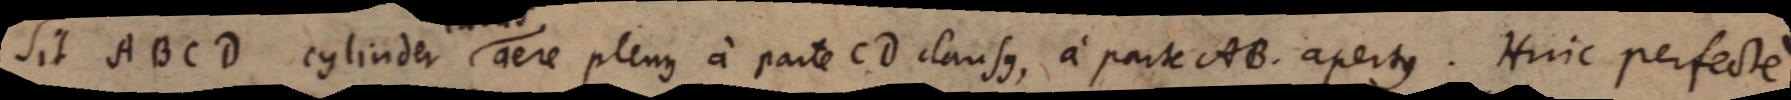
Sit ABCD cylinder aere plenus a parte CD clausus, a parte AB apertus. Huic perfecte